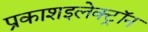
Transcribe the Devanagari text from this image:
प्रकाशइलेक्ट्रॉन